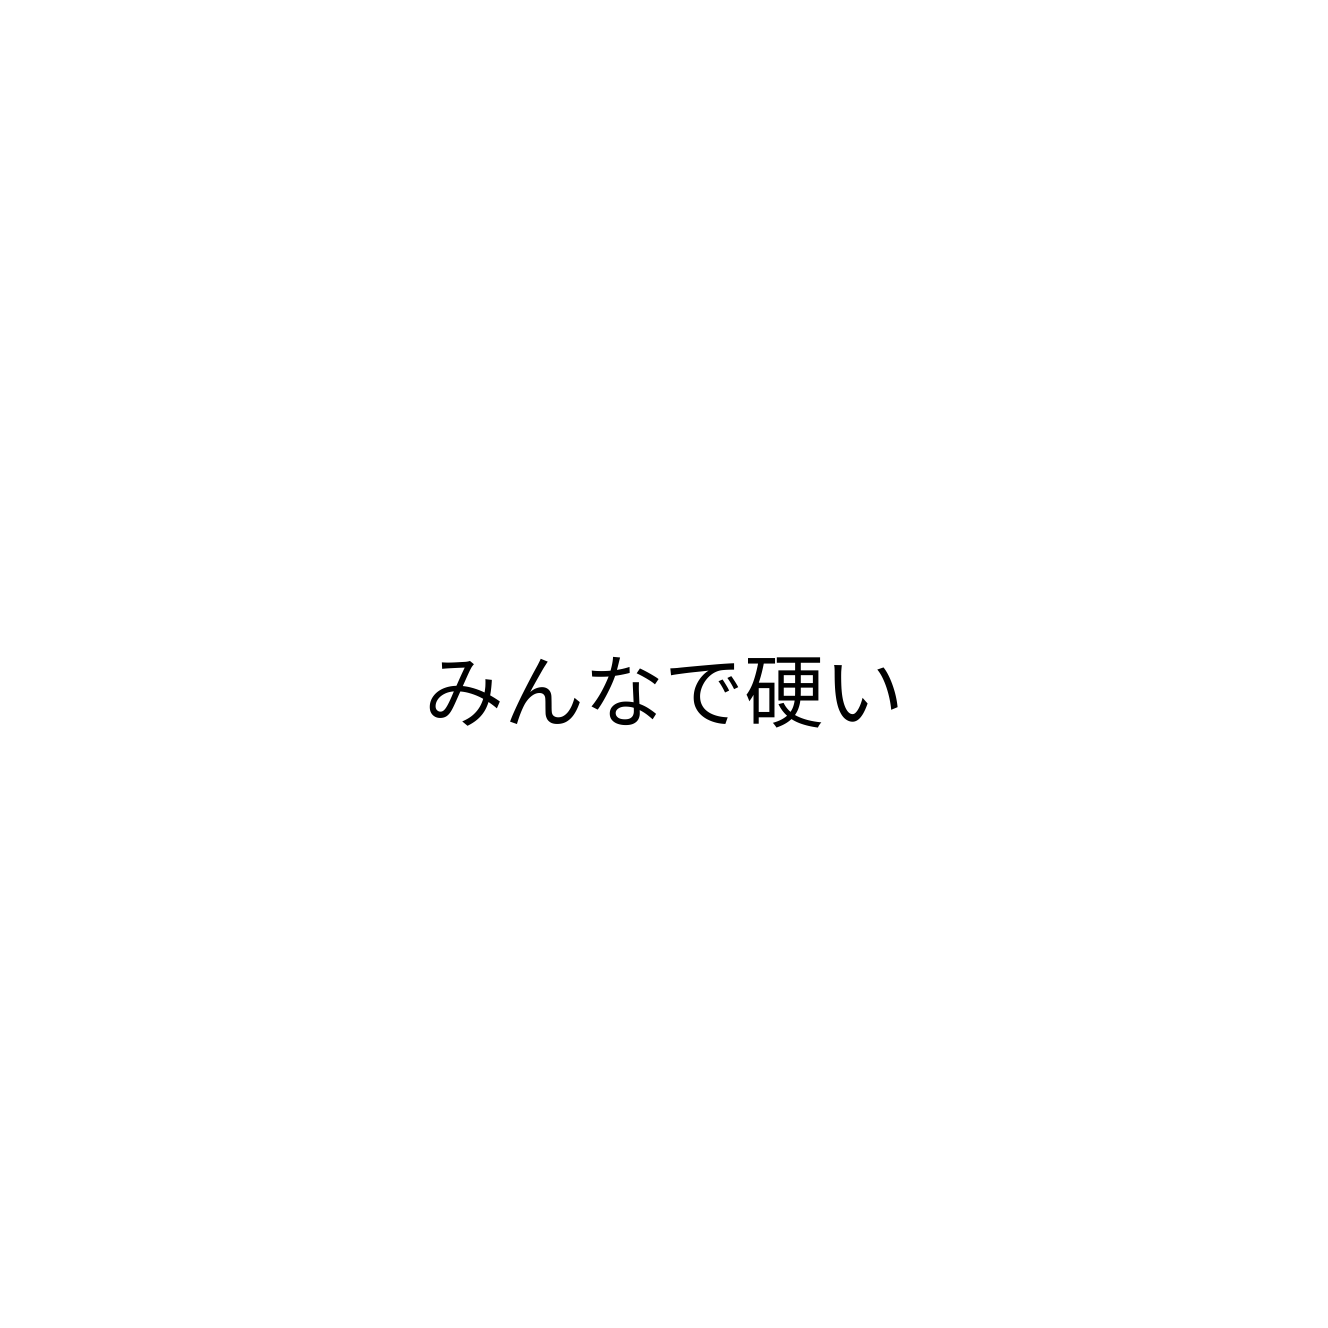
みんなで硬い